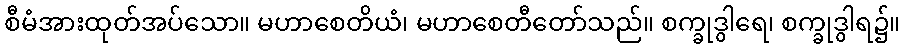
စီမံအားထုတ်အပ်သော။ မဟာစေတိယံ၊ မဟာစေတီတော်သည်။ စက္ခုဒွါရေ၊ စက္ခုဒွါရ၌။